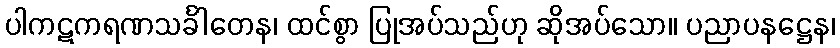
ပါကဋကရဏသင်္ခါတေန၊ ထင်စွာ ပြုအပ်သည်ဟု ဆိုအပ်သော။ ပညာပနဋ္ဌေန၊